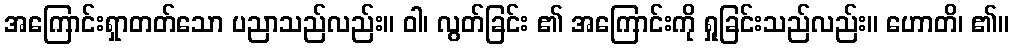
အကြောင်းရှာတတ်သော ပညာသည်လည်း။ ဝါ၊ လွတ်ခြင်း ၏ အကြောင်းကို ရှုခြင်းသည်လည်း။ ဟောတိ၊ ၏။